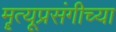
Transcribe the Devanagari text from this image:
मॄत्यूप्रसंगीच्या